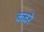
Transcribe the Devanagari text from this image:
कवरे